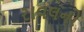
રાવલનો